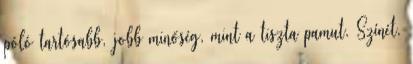
póló tartósabb, jobb minőség, mint a tiszta pamut. Színét,